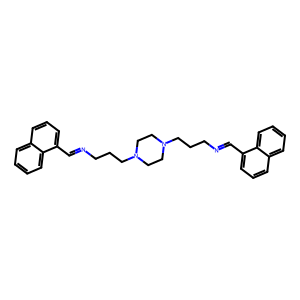
SMILES: C(=NCCCN1CCN(CCCN=Cc2cccc3ccccc23)CC1)c1cccc2ccccc12
Inhibits HIV replication: No